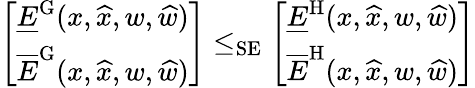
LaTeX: \left[\begin{array}{l}{\underline{{E}}^{\mathrm{G}}(x,\widehat{x},w,\widehat{w})}\\ {\overline{{E}}^{\mathrm{G}}(x,\widehat{x},w,\widehat{w})}\end{array}\right]\le_{\mathrm{SE}}\left[\begin{array}{l}{\underline{{E}}^{\mathrm{H}}(x,\widehat{x},w,\widehat{w})}\\ {\overline{{E}}^{\mathrm{H}}(x,\widehat{x},w,\widehat{w})}\end{array}\right]